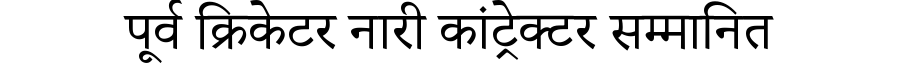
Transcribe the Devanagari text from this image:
पूर्व क्रिकेटर नारी कांट्रेक्टर सम्मानित